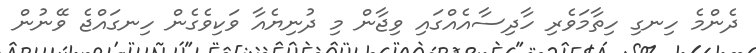
ދެންމެ ހިނގި ހިތާމަވެރި ހާދިސާއެއްގައި ވިޖާން މި ދުނިޔެއާ ވަކިވެގެން ހިނގައްޖެ ވޭނުން